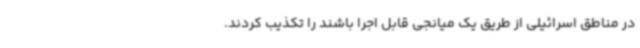
در مناطق اسرائیلی از طریق یک میانجی قابل اجرا باشند را تکذیب کردند.